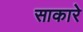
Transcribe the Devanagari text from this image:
साकारे